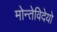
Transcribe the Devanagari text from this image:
मोन्तेविदेयो